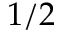
1 / 2